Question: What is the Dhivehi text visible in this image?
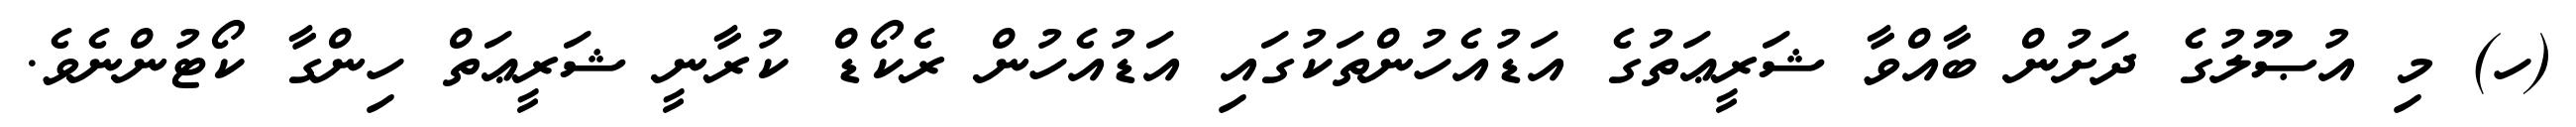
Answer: (ހ) މި އުޞޫލުގެ ދަށުން ބާއްވާ ޝަރީޢަތުގެ އަޑުއެހުންތަކުގައި އަޑުއެހުން ރެކޯޑް ކުރާނީ ޝަރީޢަތް ހިންގާ ކޯޓުންނެވެ.